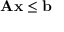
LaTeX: \mathbf { A } \mathbf { x } \leq \mathbf { b }